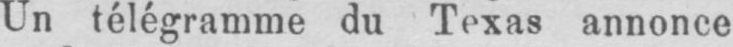
Un télégramme du Texas annonce